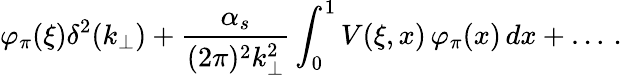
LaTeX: \varphi_{\pi}(\xi)\delta^{2}(k_{\perp})+\frac{\alpha_{s}}{(2\pi)^{2}k_{\perp}^{2}}\int_{0}^{1}V(\xi,x)\, \varphi_{\pi}(x)\, dx+\ldots\, .